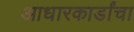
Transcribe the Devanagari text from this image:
आधारकार्डांचा